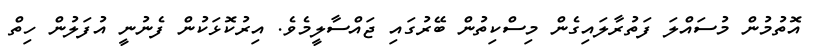
އޮތުމުން މުސައްލަ ފަތުރާލައިގެން މިސްކިތުން ބޭރުގައި ޖައްސާލީމެވެ. އިރުކޮޅަކުން ފެނުނީ އުފަލުން ހިތް